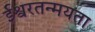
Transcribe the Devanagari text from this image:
ईश्वरतन्मयता